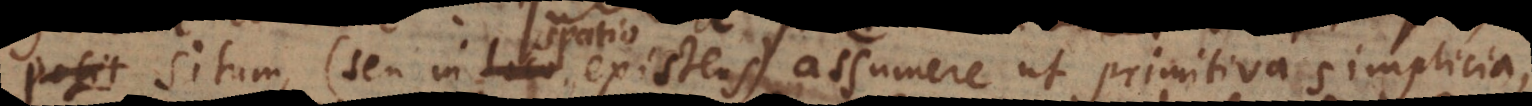
posit situm (seu in loco spatio existens), assumere ut primitiva simplicia,